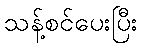
သန့်စင်ပေးပြီး